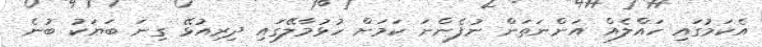
އެކަމުގައި ހައްލެއް އަންނަތަން ނުފެންނަ ކަމަށް ހުޅުމާލޭގައި ދިރިއުޅޭ ގިނަ ބަޔަކު ބުނެ